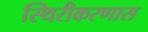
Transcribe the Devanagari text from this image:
स्थिरीकरणास